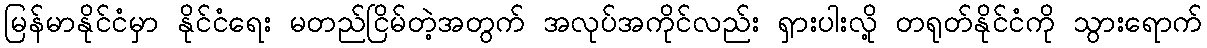
မြန်မာနိုင်ငံမှာ နိုင်ငံရေး မတည်ငြိမ်တဲ့အတွက် အလုပ်အကိုင်လည်း ရှားပါးလို့ တရုတ်နိုင်ငံကို သွားရောက်